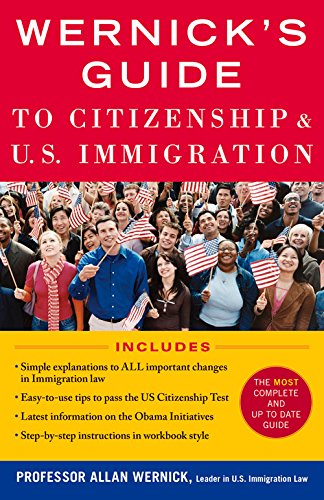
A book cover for Wernick's Guide to Citizenship and US Immigration; Allan Wernick; Test Preparation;